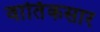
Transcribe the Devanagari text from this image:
वार्तिकसार